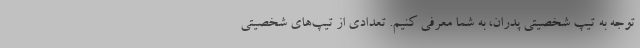
توجه به تیپ شخصیتی پدران، به شما معرفی کنیم. تعدادی از تیپ‌های شخصیتی